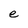
Character: e